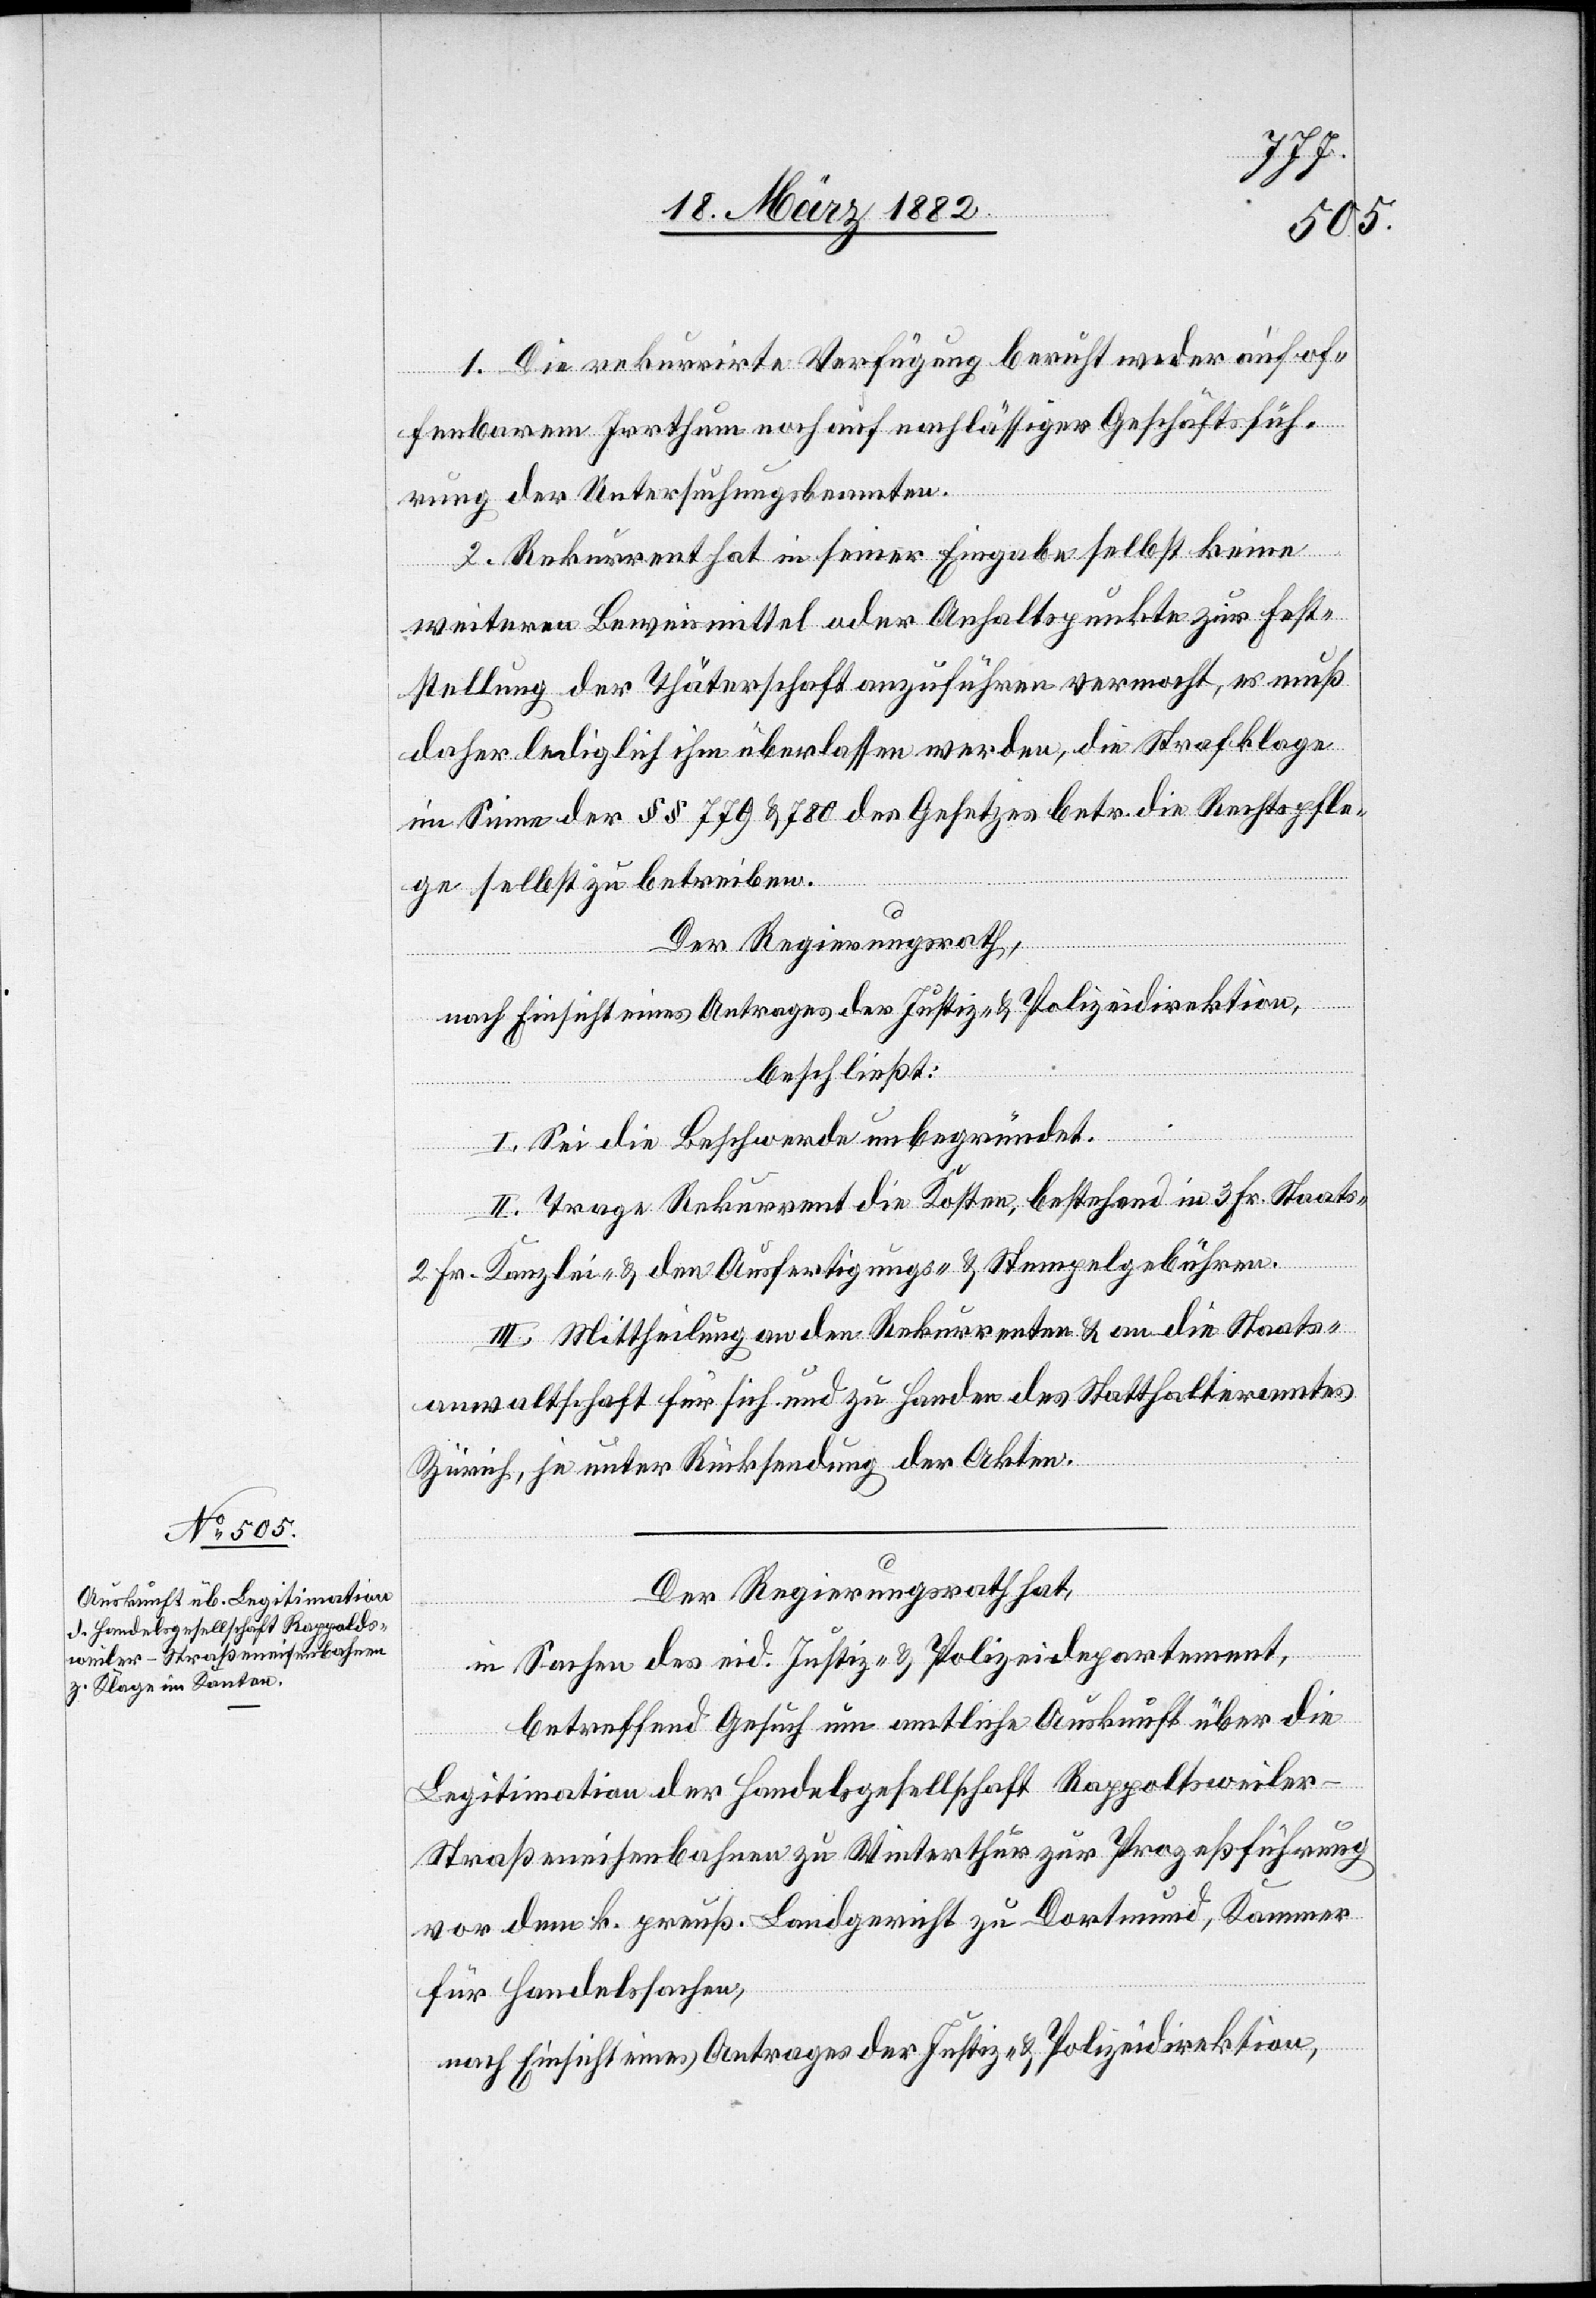
1. rekurriere Verfügung beruht weder auf of¬
fenbarem Irrthum noch auf nachlässiger Geschäftsfüh¬
rung der Untersuchungsbeamten.
2. Rekurrent hat in seiner Eingabe selbst keine
weiteren Beweismittel oder Anhaltspunkte zur Fest¬
stellung der Thäterschaft anzuführen vermocht, es muß
daher lediglich ihm überlassen werden, die Strafklage
im Sinne der §§ 779 & 780 des Gesetzes betr. die Rechtspfle¬
ge selbst zu betreiben.
Der Regierungsrath,
nach Einsicht eines Antrages der Justiz- & Polizeidirektion,
beschließt:
I. Sei die Beschwerde unbegründet.
II. Trage Rekurrent die Kosten, bestehend in 3 Fr. Staats-
2 Fr. Kanzlei- & den Ausfertigungs- & Stempelgebühren.
III. Mittheilung an den Rekurrent & an die Staats¬
anwaltschaft für sich und zu Handen des Statthalteramtes
Zürich, je unter Rücksendung der Akten.
Der Regierungsrath hat,
in Sachen des eid. Justiz- & Polizeidepartement,
betreffend Gesuch um amtliche Auskunft über die
Legitimation der Handelsgesellschaft Rappoltsweile¬
r-Straßeneisenbahnen [sic!] zu Winterthur zur Prozeßführung
vor dem k. preuß. Landgericht zu Dortmund, Kammer
für Handelssachen,
nach Einsicht eines Antrages der Justiz- & Polizeidirektion,